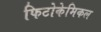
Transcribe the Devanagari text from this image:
फिटोकेमिकल